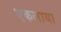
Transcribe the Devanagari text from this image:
एकलाया